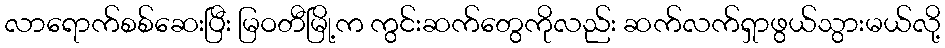
လာရောက်စစ်ဆေးပြီး မြဝတီမြို့က ကွင်းဆက်တွေကိုလည်း ဆက်လက်ရှာဖွယ်သွားမယ်လို့